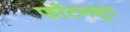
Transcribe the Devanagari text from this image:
फाँटमधून